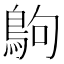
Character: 𪀊